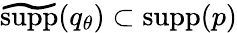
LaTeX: \widetilde{\textrm{supp}}({q}_{\theta})\subset\textrm{supp}(p)